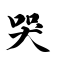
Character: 哭